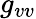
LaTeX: g_{vv}